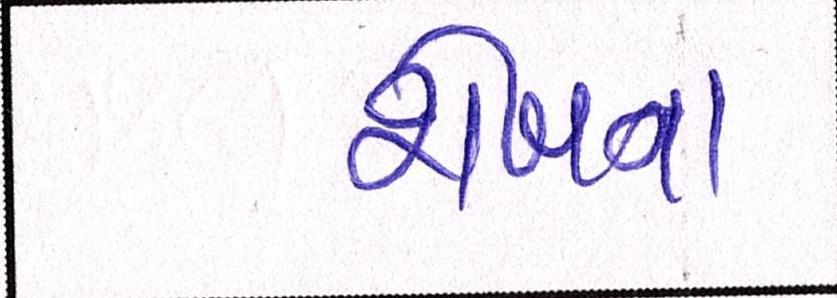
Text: શેખના